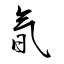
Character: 氜